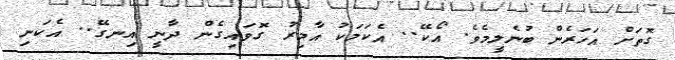
ގޮތަށް އަހަރެން ބުނެލީމެވެ. އޯކޭ.. އެކަމަކު އާމިރު ގޮވައިގެން ދާނީ އިނގޭ.. އެކަނި